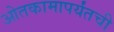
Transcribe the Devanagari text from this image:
ओतकामापर्यंतची